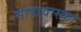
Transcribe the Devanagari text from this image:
माडावास्का